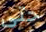
حتى